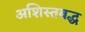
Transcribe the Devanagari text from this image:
अशिस्तबद्ध